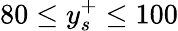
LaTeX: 80\leq y_{s}^{+}\leq 100